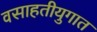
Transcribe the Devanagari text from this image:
वसाहतीयुगात